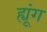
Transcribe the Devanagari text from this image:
ह्यूंग